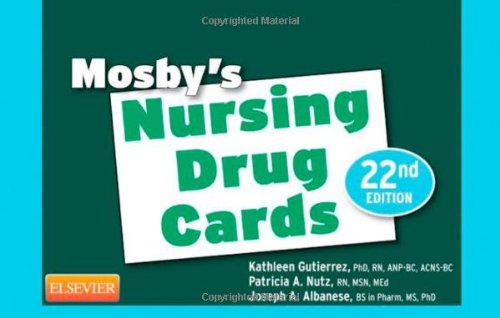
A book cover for Mosby's Nursing Drug Cards, 22e; Patricia A. Nutz RN  MSN  MEd; Medical Books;